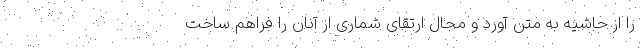
را از حاشیه به متن آورد و مجال ارتقای شماری از آنان را فراهم ساخت